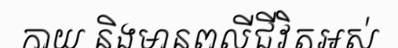
កាយ និងមានពលីជីវិតអស់